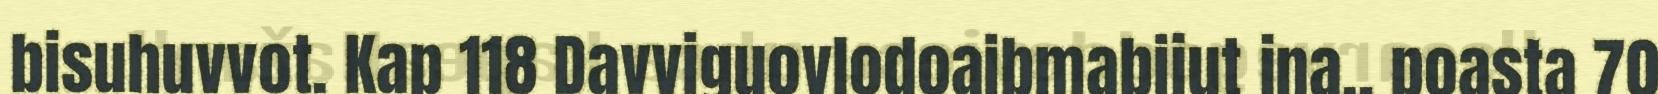
bisuhuvvot. Kap 118 Davviguovlodoaibmabijut jna., poasta 70